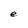
Character: e